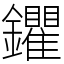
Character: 鑺